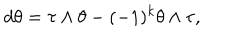
d \theta = \tau \wedge \theta - ( - 1 ) ^ { k } \theta \wedge \tau ,